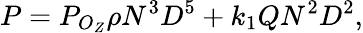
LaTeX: P=P_{O_{Z}}\rho N^{3}D^{5}+k_{1}QN^{2}D^{2},